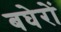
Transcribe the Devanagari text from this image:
बघेरों